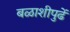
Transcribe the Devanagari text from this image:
बळाशीपुढें